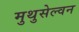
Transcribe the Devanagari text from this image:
मुथुसेल्वन